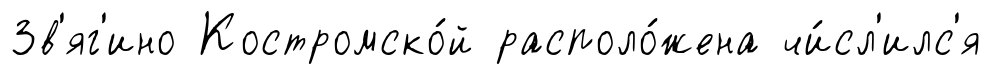
Зв'яг'ино Костромско́й располо́жена чи́сл'илс'я